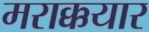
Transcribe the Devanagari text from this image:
मराक्कयार